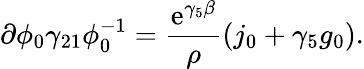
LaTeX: \partial\phi_{0}\gamma_{21}\phi_{0}^{-1}=\frac{\mathrm{e}^{\gamma_{5}\beta}}{\rho}(j_{0}+\gamma_{5}g_{0}).